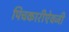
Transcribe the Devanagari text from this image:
पिचकारीऐवजी